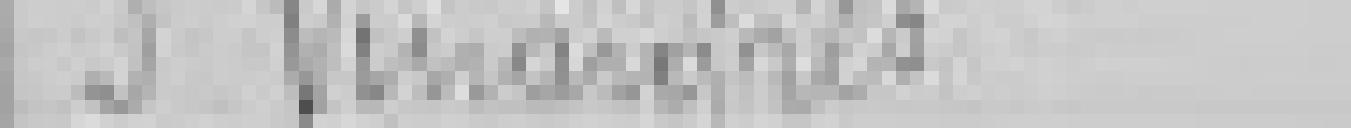
3. Vinaigres